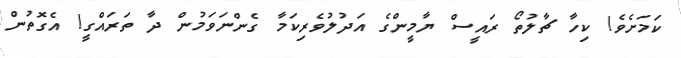
ކަމަށެވެ! ކިހާ ޗާލުތޯ ރައީސް ޔާމީންގެ އަދުލުވެރިކަމާ ގެންނަވަމުން ދާ ތަރައްގީ! އެގޮތުން